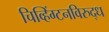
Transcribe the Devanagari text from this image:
चिव्हिंग्टनविरुद्ध